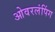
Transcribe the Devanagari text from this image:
ओवरलंपिंग